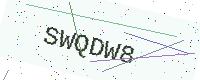
Text: SWQDW8